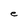
Character: e